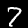
Digit: 7